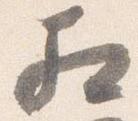
相